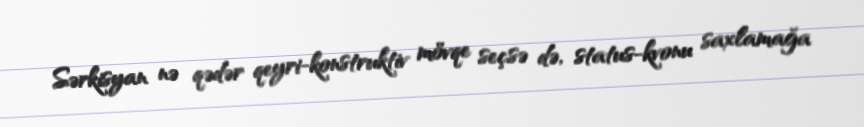
Sərkisyan nə qədər qeyri-konstruktiv mövqe seçsə də, status-kvonu saxlamağa